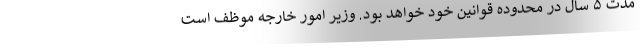
مدت ۵ سال در محدوده قوانین خود خواهد بود. وزیر امور خارجه موظف است